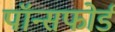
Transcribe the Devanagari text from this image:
पॉन्सफोर्ड